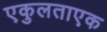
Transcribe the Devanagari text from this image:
एकुलताएक